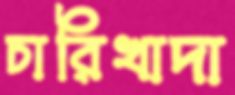
চারিখাদা